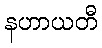
နဟာယတီ